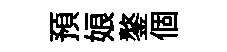
預娘鏊個